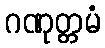
ဂဏုတ္တမံ